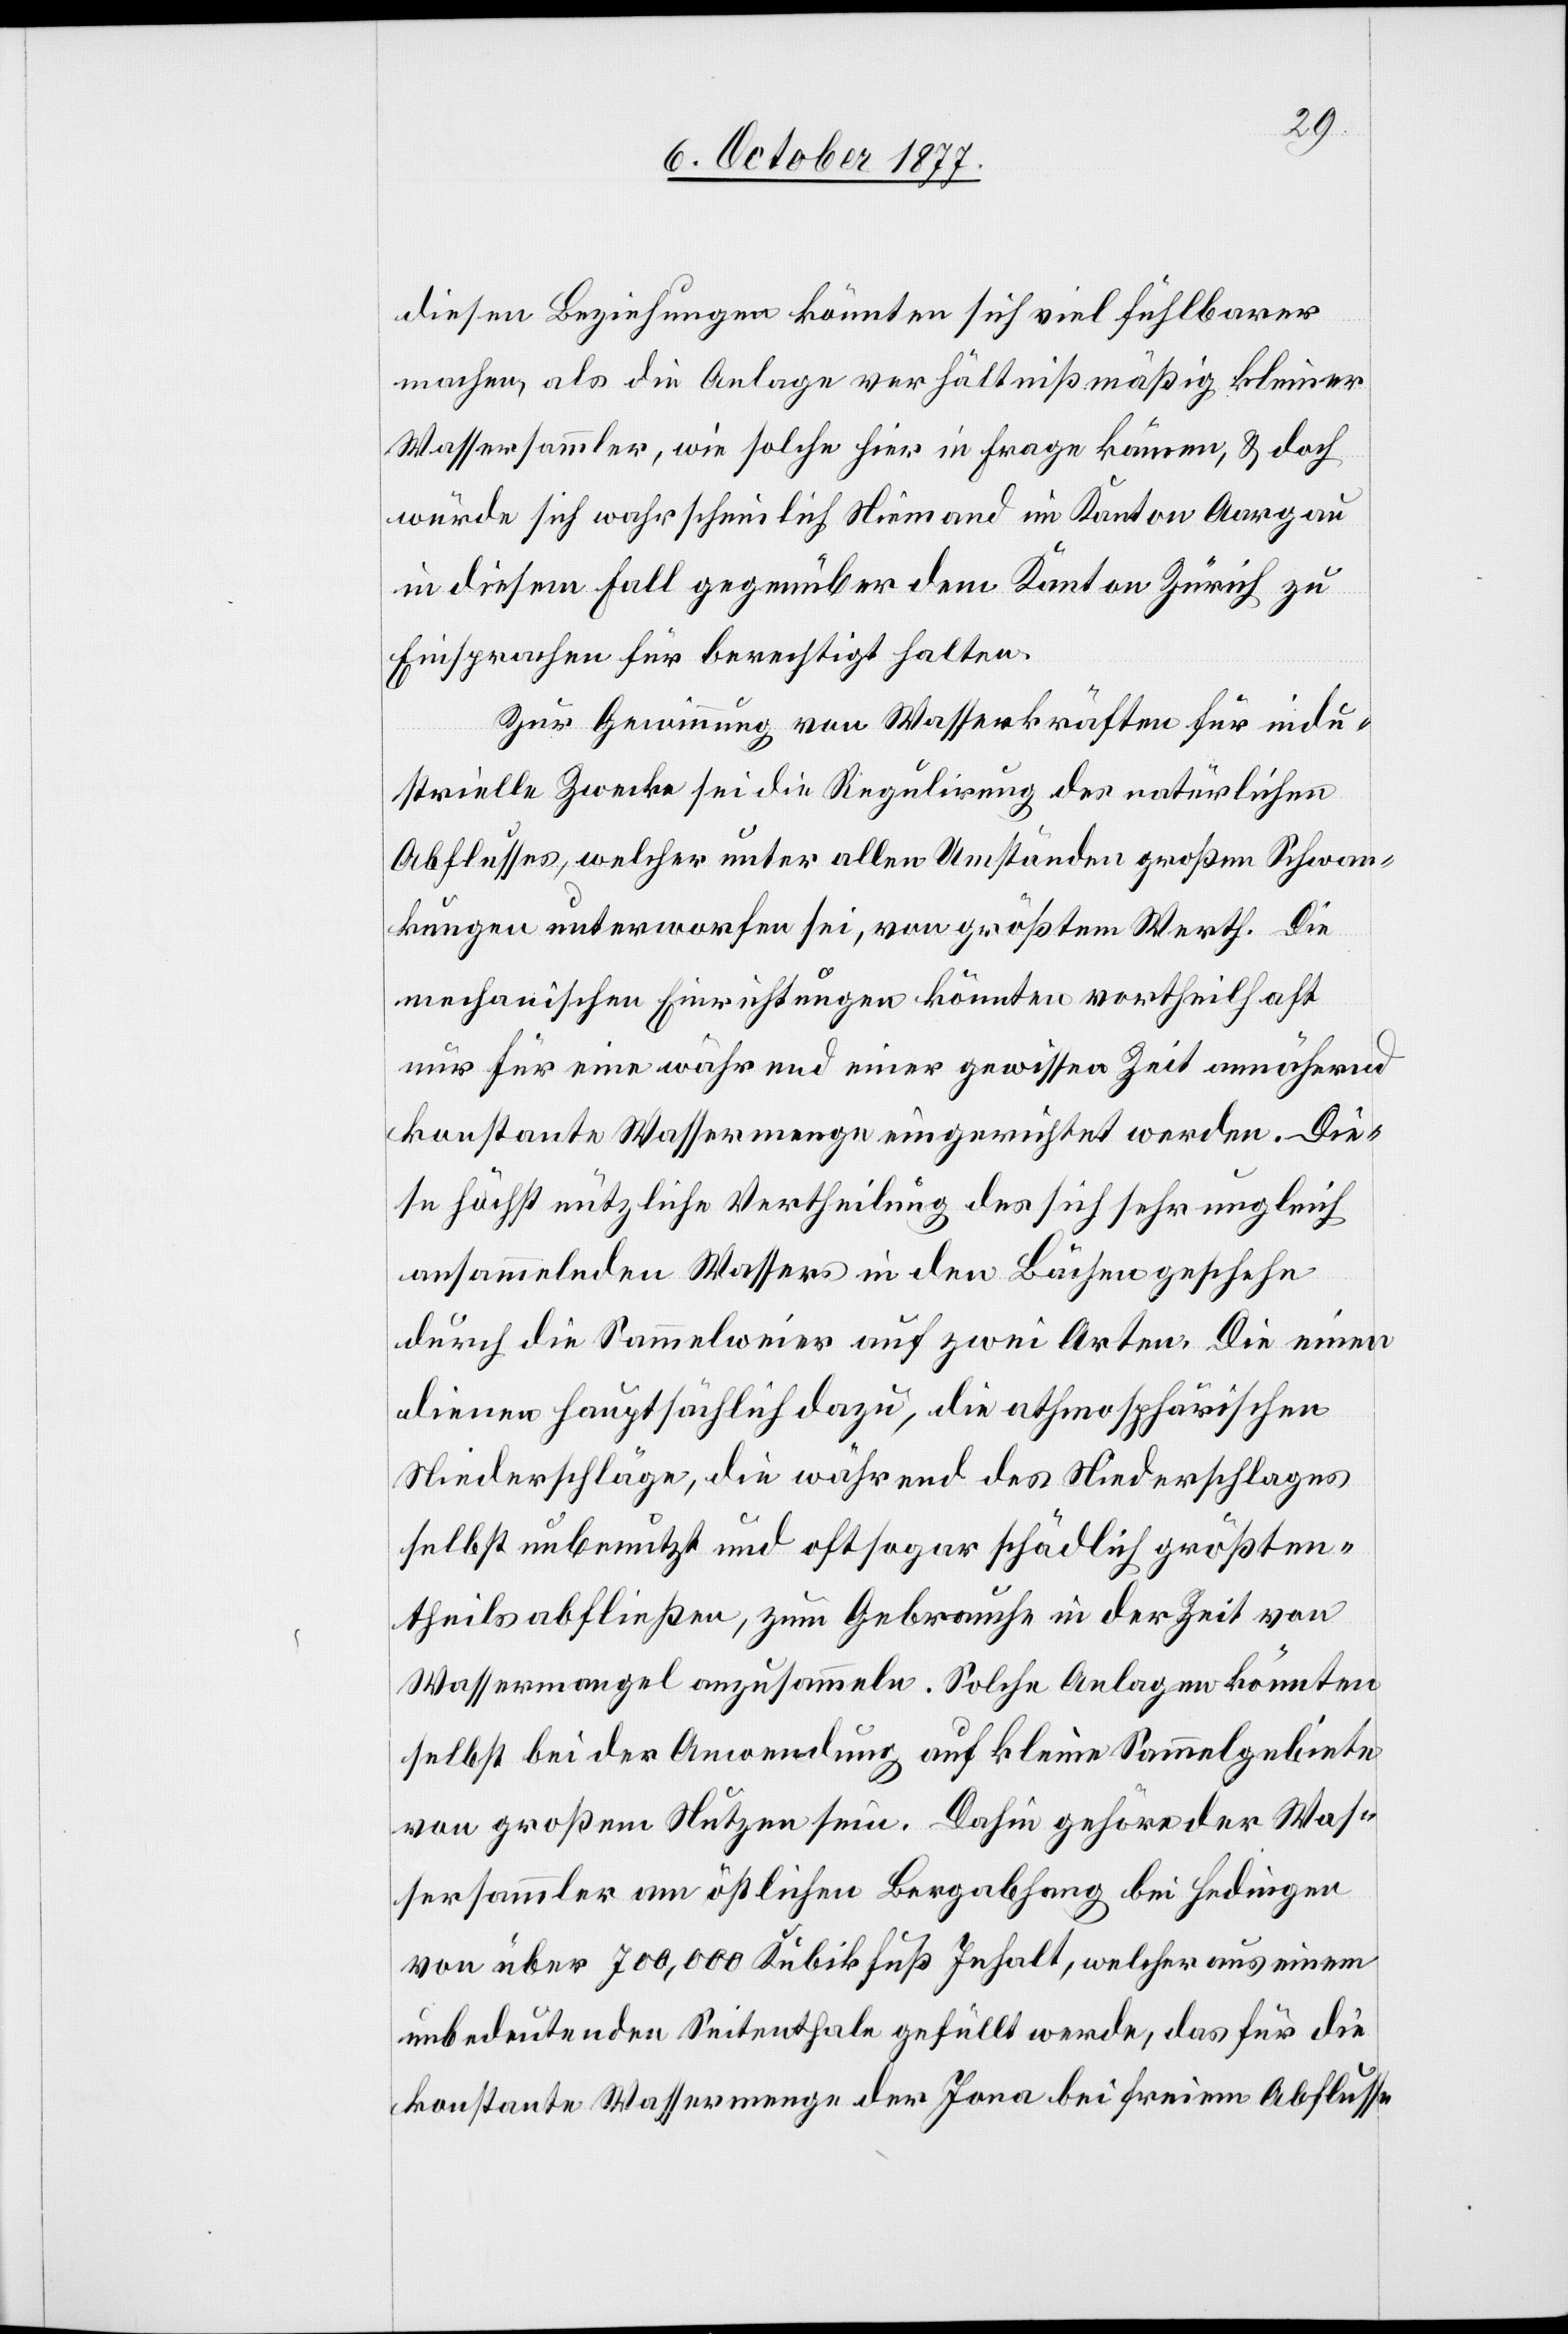
diesen Beziehungen könnten sich viel fühlbarer
machen, als die Anlage verhältnißmäßig kleiner
Wassersammler, wie solche hier in Frage kämen, & doch
würde sich wahrscheinlich Niemand im Kanton Aargau
in diesem Fall gegenüber dem Kanton Zürich zu
Einsprachen für berechtigt halten.
Zur Gewinnung von Wasserkräften für indu¬
strielle Zwecke sei die Regulirung des natürlichen
Abflusses, welcher unter allen Umständen großen Schwan¬
kungen unterworfen sei, von größtem Werth. Die
mechanischen Einrichtungen könnten vortheilhaft
nur für eine während einer gewissen Zeit annähernd
konstante Wassermenge eingerichtet werden. Die¬
se höchst nützliche Vertheilung des sich sehr ungleich
ansammelnden Wassers in den Bächen geschehe
durch die Sammelweier auf zwei Arten. Die einen
dienen hauptsächlich dazu, die athmosphärischen
Niederschläge, die während des Niederschlages
selbst unbenutzt und oft sogar schädlich größten¬
theils abfließen, zum Gebrauche in der Zeit von
Wassermangel anzusammeln. Solche Anlagen könnten
selbst bei der Anwendung auf kleine Sammelgebiete
von großem Nutzen sein. Dahin gehöre der Was¬
sersammler am östlichen Bergabhang bei Hedingen
von über 700,000 Kubifkuß Inhalt, welcher aus einem
unbedeutenden Seitenthale gefüllt werde, das für die
konstante Wassermenge der Jona bei freiem Abflusse